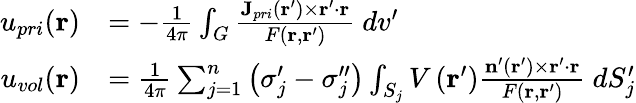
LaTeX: \begin{array}{rl}{u_{pri}(\mathbf{r})}&{=-\frac{1}{4\pi}\int_{G}\frac{\mathbf{J}_{pri}(\mathbf{r}^{\prime})\times\mathbf{r}^{\prime}\cdot\mathbf{r}}{F(\mathbf{r},\mathbf{r}^{\prime})}\ dv^{\prime}}\\ {u_{vol}(\mathbf{r})}&{=\frac{1}{4\pi}\sum_{j=1}^{n}\left(\sigma_{j}^{\prime}-\sigma_{j}^{\prime\prime}\right)\int_{S_{j}}V\left(\mathbf{r}^{\prime}\right)\frac{\mathbf{n}^{\prime}\left(\mathbf{r}^{\prime}\right)\times\mathbf{r}^{\prime}\cdot\mathbf{r}}{F\left(\mathbf{r},\mathbf{r}^{\prime}\right)}\ dS_{j}^{\prime}}\end{array}